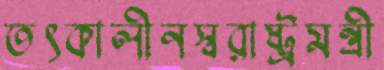
তৎকালীনস্বরাষ্ট্রমন্ত্রী